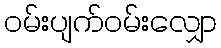
ဝမ်းပျက်ဝမ်းလျှော